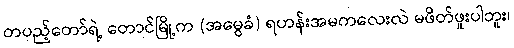
တပည့်တော်ရဲ့ တောင်မြို့က (အမွေခံ) ရဟန်းအမကလေးလဲ မဖိတ်ဖူးပါဘူး၊